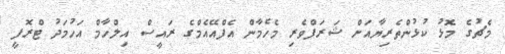
މެޗުގެ މޮޅު ކުޅުންތެރިޔާއަށް ޝަރަފްވެރި މެހެމާން އެފްއޭއެމްގެ ރައީސް އިލްހާމް އަހުމަދު ޓްރޮފީ